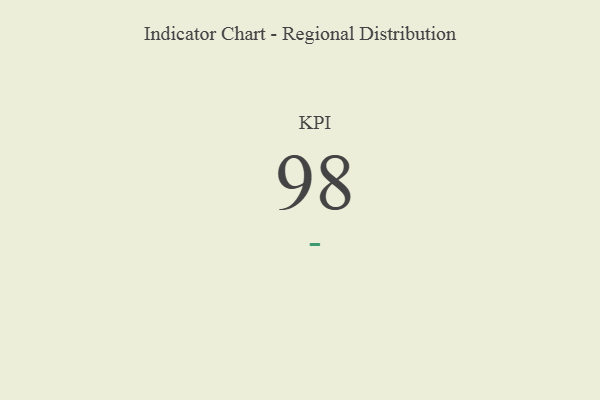
{"axis": {"x": "KPI", "y": "Value"}, "legend": [""], "data": [{"x": "KPI", "y": 98, "type": ""}]}